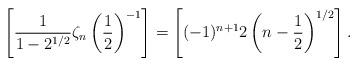
LaTeX: \begin{gather*}\left[ \frac{1}{1-2^{1/2}} \zeta_n\left(\frac{1}{2}\right)^{-1} \right] = \left[(-1)^{n+1} 2\left(n-\frac{1}{2}\right)^{1/2}\right].\end{gather*}